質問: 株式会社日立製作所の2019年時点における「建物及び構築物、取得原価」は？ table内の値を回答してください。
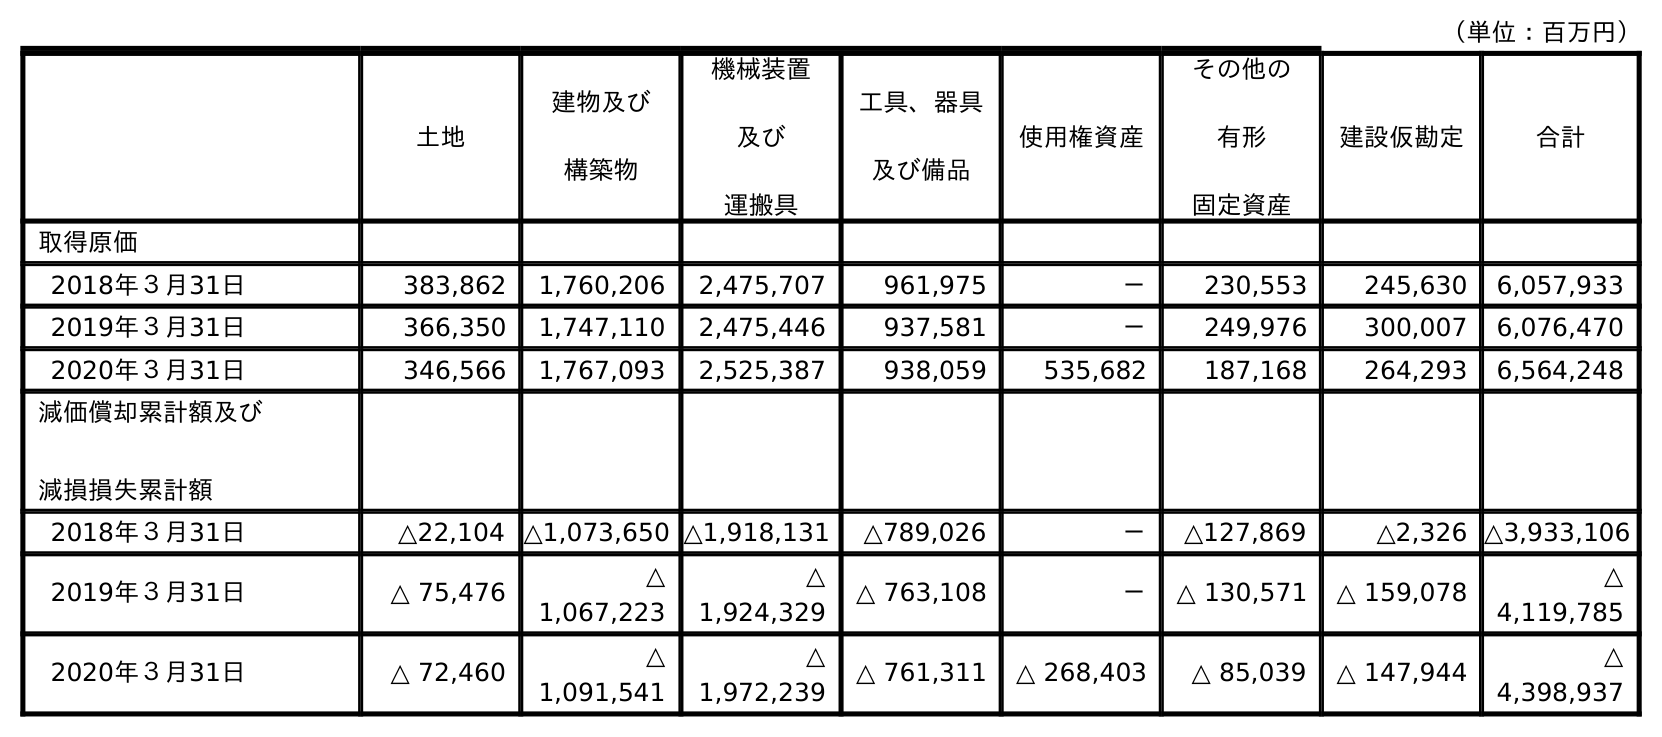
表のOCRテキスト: （単位：百万円） 土地 建物及び 構築物 機械装置 及び 運搬具 工具、器具 及び備品 使用権資産 その他の 有形 固定資産 建設仮勘定 合計 取得原価 2018年３月31日 383,862 1,760,206 2,475,707 961,975 － 230,553 245,630 6,057,933 2019年３月31日 366,350 1,747,110 2,475,446 937,581 － 249,976 300,007 6,076,470 2020年３月31日 346,566 1,767,093 2,525,387 938,059 535,682 187,168 264,293 6,564,248 減価償却累計額及び 減損損失累計額 2018年３月31日 △22,104 △1,073,650 △1,918,131 △789,026 － △127,869 △2,326 △3,933,106 2019年３月31日 △ 75,476 △ 1,067,223 △ 1,924,329 △ 763,108 － △ 130,571 △ 159,078 △ 4,119,785 2020年３月31日 △ 72,460 △ 1,091,541 △ 1,972,239 △ 761,311 △ 268,403 △ 85,039 △ 147,944 △ 4,398,937
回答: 1,747,110